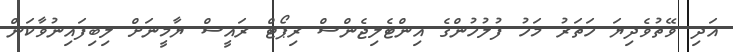
އަދި ވޭތުވެދިޔަ ހަތަރު މަހު ފުލުހުންގެ އިންޓެލިޖެންސް ރިޕޯޓް ރައީސް ޔާމީނަށް ލިބިފައިނުވާކަން